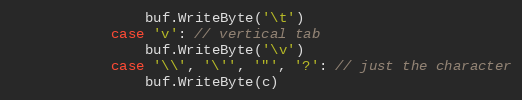
Language: Go
				buf.WriteByte('\t')
			case 'v': // vertical tab
				buf.WriteByte('\v')
			case '\\', '\'', '"', '?': // just the character
				buf.WriteByte(c)